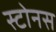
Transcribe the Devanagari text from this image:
स्टोनस